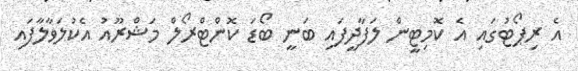
އެ ރިޕޯޓުގައި އެ ކޮމިޓީން ލަފާދީފައި ބަނީ ބޯޑަ ކޮންޓްރޯލް މަޝްރޫއު އެކުލަވާލާފައި